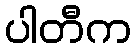
ပါတီက